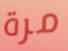
مرة